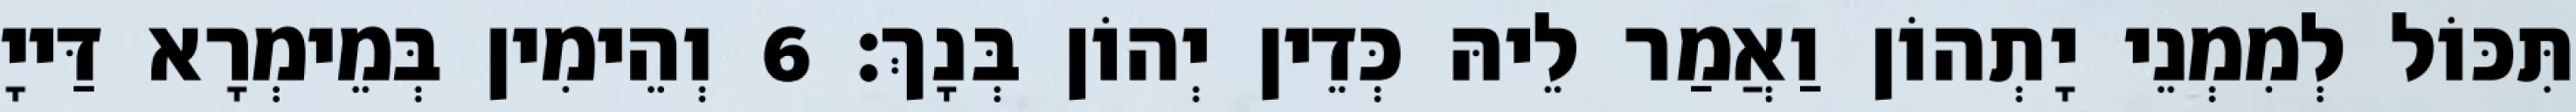
תִּכּוֹל לְמִמְנֵי יָתְהוֹן וַאֲמַר לֵיהּ כְּדֵין יְהוֹן בְּנָךְ׃ 6 וְהֵימִין בְּמֵימְרָא דַּייָ